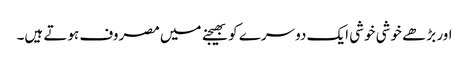
اور بڑھے خوشی خوشی ایک دوسرے کو بھیجنے میں مصروف ہوتے ہیں۔